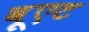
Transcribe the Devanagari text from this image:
वूएट